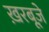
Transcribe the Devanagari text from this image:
ख़रबूज़े